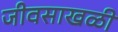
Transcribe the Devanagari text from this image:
जीवसाखळी